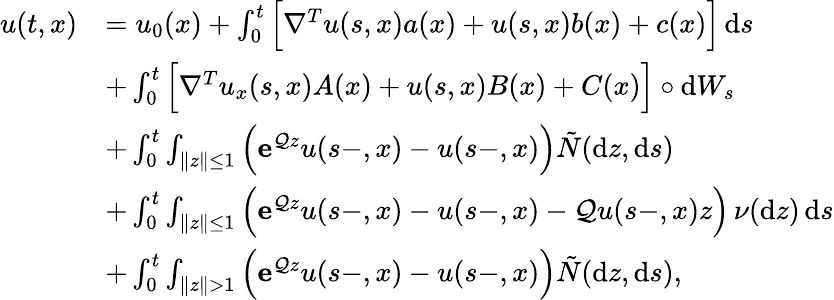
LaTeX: \begin{array}{rl}{u(t,x)}&{=u_{0}(x)+\int_{0}^{t}\Big[\nabla^{T}u(s,x)a(x)+u(s,x)b(x)+c(x)\Big]\, \mathrm{d}s}\\ &{+\int_{0}^{t}\Big[\nabla^{T}u_{x}(s,x)A(x)+u(s,x)B(x)+C(x)\Big]\circ\mathrm{d}W_{s}}\\ &{+\int_{0}^{t}\int_{\| z\| \leq 1}\Big(\mathbf{e}^{\mathcal{Q}z}u(s-,x)-u(s-,x)\Big)\tilde{N}(\mathrm{d}z,\mathrm{d}s)}\\ &{+\int_{0}^{t}\int_{\| z\| \leq 1}\Big(\mathbf{e}^{\mathcal{Q}z}u(s-,x)-u(s-,x)-\mathcal Qu(s-,x)z\Big)\, \nu(\mathrm{d}z)\, \mathrm{d}s}\\ &{+\int_{0}^{t}\int_{\| z\| >1}\Big(\mathbf{e}^{\mathcal{Q}z}u(s-,x)-u(s-,x)\Big)\tilde{N}(\mathrm{d}z,\mathrm{d}s),}\end{array}